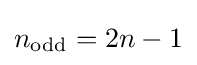
{\textstyle n_{\text{odd}}=2n-1}